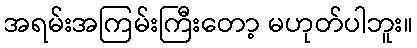
အရမ်းအကြမ်းကြီးတော့ မဟုတ်ပါဘူး။